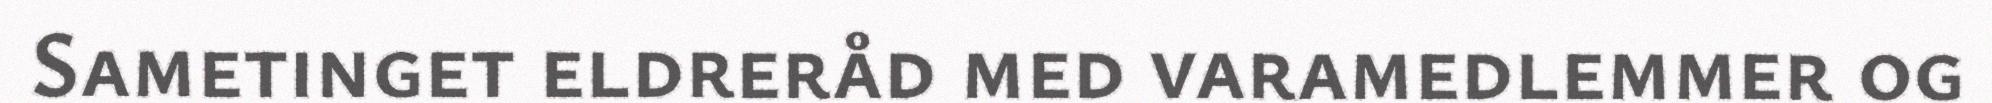
Sametinget eldreråd med varamedlemmer og